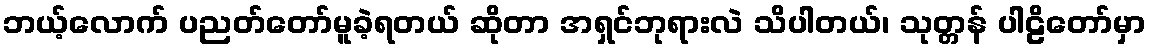
ဘယ့်လောက် ပညတ်တော်မူခဲ့ရတယ် ဆိုတာ အရှင်ဘုရားလဲ သိပါတယ်၊ သုတ္တန် ပါဠိတော်မှာ